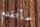
سأتقدم